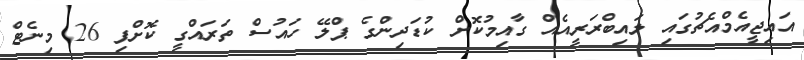
އައިޖީއެމްއެޗުގައި ލައިބްރަރީއެއް ގާއިމުކޮށް ކުޑަދިންގެ ޕްލޭ ހައުސް ތަރައްގީ ކޮށްފި 26 މިނެޓް